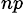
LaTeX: ^{np}